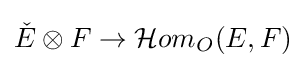
{\check {E}}\otimes F\to {\mathcal {H}}om_{O}(E,F)